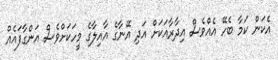
އެކަން ކަމާ ބެހޭ އެއްވެސް އިދާރާއަކަށް އަދި އޭނާގެ އާއިލާގެ މީހަކަށްވެސް އަންގާފައެއް